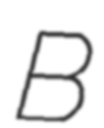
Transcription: B